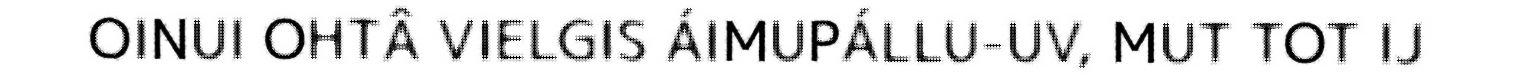
OINUI OHTÂ VIELGIS ÁIMUPÁLLU-UV, MUT TOT IJ